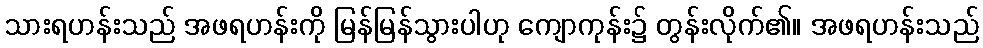
သားရဟန်းသည် အဖရဟန်းကို မြန်မြန်သွားပါဟု ကျောကုန်း၌ တွန်းလိုက်၏။ အဖရဟန်းသည်